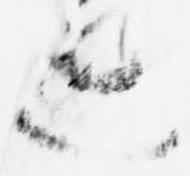
遊